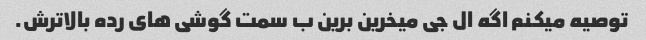
توصیه میکنم اگه ال جی میخرین برین ب سمت گوشی های رده بالاترش.